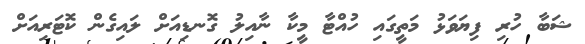
ޝަބާ ހުރި ފިޔަވަޅު މަތީގައި ހުއްޓާ މީކާ ނާއިލު ގޮނޑިއަށް ލައިގެން ކޮޓަރިއަށް